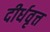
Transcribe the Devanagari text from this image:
दीर्धवृत्त